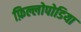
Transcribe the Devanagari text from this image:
फ़िल्लोपोडिया